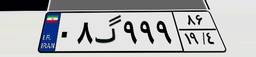
۰۸گ۹۹۹۸۶